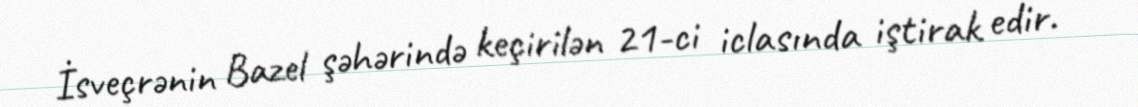
İsveçrənin Bazel şəhərində keçirilən 21-ci iclasında iştirak edir.